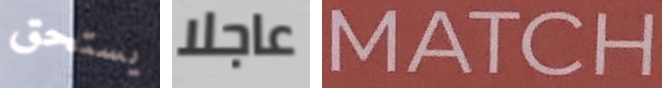
يستحق عاجلا MATCH